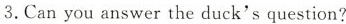
3.Can you answer the duck's question?